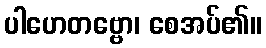
ပါဟေတဗ္ဗော၊ စေအပ်၏။